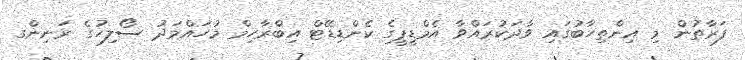
ފަރާތުން މި އިންތިހާބުގައި ވާދަކުރައްވާ އެމްޑީޕީގެ ކެންޑިޑޭޓް އިބްރާހިމް މުހައްމަދު ސޯލިހުގެ ރަނިންގ